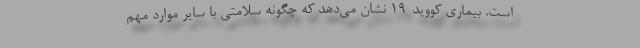
است. بیماری کووید-۱۹ نشان می‌دهد که چگونه سلامتی با سایر موارد مهم